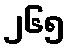
၂၆၅